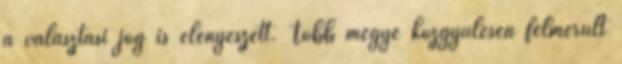
a választási jog is elenyészett. Több megye közgyűlésén felmerült